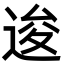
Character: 逡